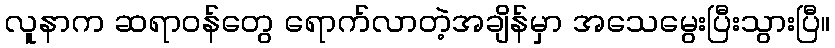
လူနာက ဆရာဝန်တွေ ရောက်လာတဲ့အချိန်မှာ အသေမွေးပြီးသွားပြီ။